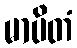
မာပိတံ